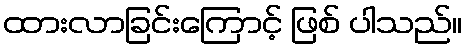
ထားလာခြင်းကြောင့် ဖြစ် ပါသည်။